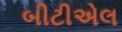
બીટીએલ